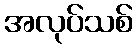
အလုပ်သစ်